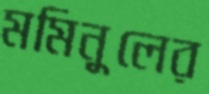
মমিনুলের